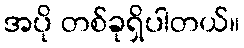
အပို တစ်ခုရှိပါတယ်။